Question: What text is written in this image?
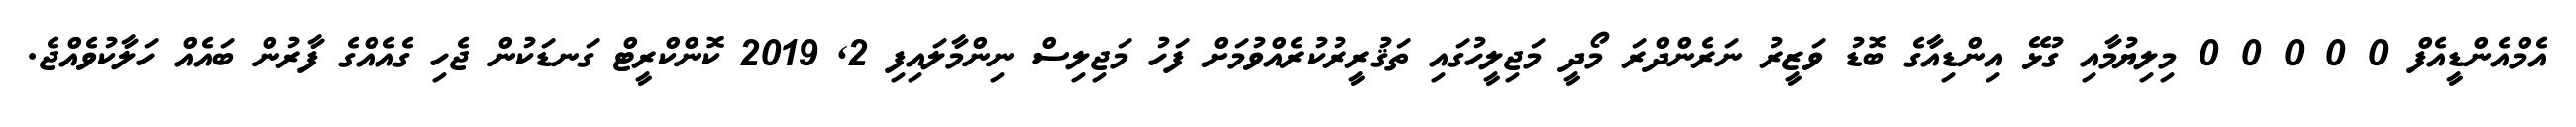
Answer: އެމްއެންޑީއެފް 0 0 0 0 0 މިލިޔުމާއި ގުޅޭ އިންޑިއާގެ ބޮޑު ވަޒީރު ނަރެންދްރަ މޯދީ މަޖިލީހުގައި ތަޤުރީރުކުރެއްވުމަށް ފަހު މަޖިލިސް ނިންމާލައިފި 2, 2019 ކޮންކްރީޓް ގަނޑަކުން ޖެހި ގެއެއްގެ ފާރުން ބައެއް ހަލާކުވެއްޖެ.